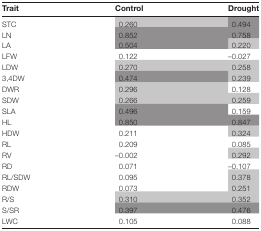
<table><thead><tr><td><b>Trait</b></td><td><b>Control</b></td><td><b>Drought</b></td></tr></thead><tbody><tr><td>STC</td><td>0.260</td><td>0.494</td></tr><tr><td>LN</td><td>0.852</td><td>0.758</td></tr><tr><td>LA</td><td>0.504</td><td>0.220</td></tr><tr><td>LFW</td><td>0.122</td><td>–0.027</td></tr><tr><td>LDW</td><td>0.270</td><td>0.258</td></tr><tr><td>3,4DW</td><td>0.474</td><td>0.239</td></tr><tr><td>DWR</td><td>0.296</td><td>0.128</td></tr><tr><td>SDW</td><td>0.266</td><td>0.259</td></tr><tr><td>SLA</td><td>0.496</td><td>0.159</td></tr><tr><td>HL</td><td>0.850</td><td>0.847</td></tr><tr><td>HDW</td><td>0.211</td><td>0.324</td></tr><tr><td>RL</td><td>0.209</td><td>0.085</td></tr><tr><td>RV</td><td>–0.002</td><td>0.292</td></tr><tr><td>RD</td><td>0.071</td><td>–0.107</td></tr><tr><td>RL/SDW</td><td>0.095</td><td>0.378</td></tr><tr><td>RDW</td><td>0.073</td><td>0.251</td></tr><tr><td>R/S</td><td>0.310</td><td>0.352</td></tr><tr><td>S/SR</td><td>0.397</td><td>0.476</td></tr><tr><td>LWC</td><td>0.105</td><td>0.088</td></tr></tbody></table>